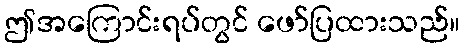
ဤအကြောင်းရပ်တွင် ဖော်ပြထားသည်။